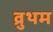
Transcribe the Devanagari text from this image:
व्रुथम